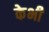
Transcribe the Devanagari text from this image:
केभी